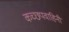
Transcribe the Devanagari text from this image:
कच्छपवाहिनी